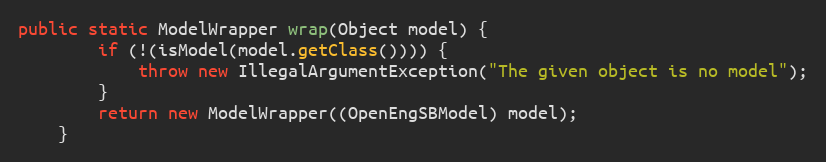
Language: Java
public static ModelWrapper wrap(Object model) {
        if (!(isModel(model.getClass()))) {
            throw new IllegalArgumentException("The given object is no model");
        }
        return new ModelWrapper((OpenEngSBModel) model);
    }